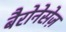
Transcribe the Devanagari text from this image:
बैरोनेसेज़